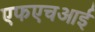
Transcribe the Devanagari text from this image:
एफएचआई